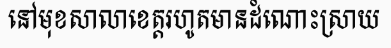
នៅមុខសាលាខេត្តរហូតមានដំណោះស្រាយ